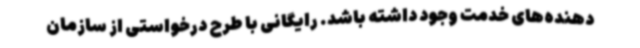
دهنده‌های خدمت وجود داشته باشد. رایگانی با طرح درخواستی از سازمان